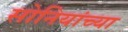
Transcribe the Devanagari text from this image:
सोनियांच्या